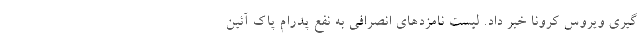
گیری ویروس کرونا خبر داد. لیست نامزدهای انصرافی به نفع پدرام پاک آئین